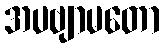
အပဗျာမတော